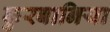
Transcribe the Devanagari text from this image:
कुरबानिया